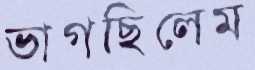
ভাগছিলেম